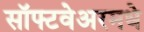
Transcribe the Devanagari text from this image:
सॉफ्टवेअरमधे